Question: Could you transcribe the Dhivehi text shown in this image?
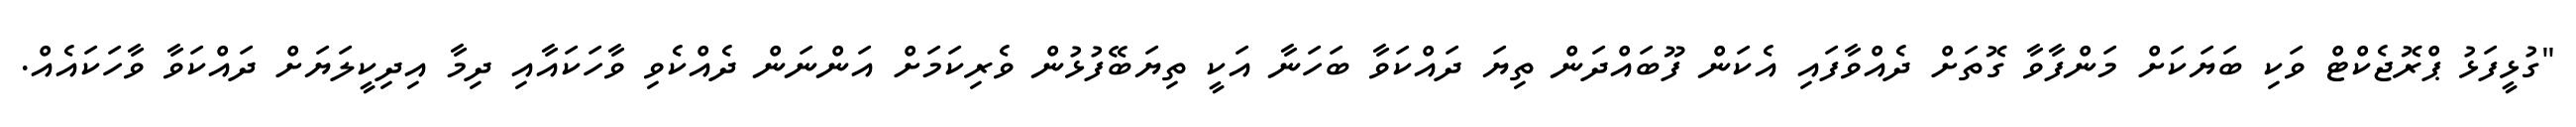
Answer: "ގުޅީފަޅު ޕްރޮޖެކްޓް ވަކި ބަޔަކަށް މަންފާވާ ގޮތަށް ދެއްވާފައި އެކަން ފޫބައްދަން ތިޔަ ދައްކަވާ ބަހަނާ އަކީ ތިޔަބޭފުޅުން ވެރިކަމަށް އަންނަން ދެއްކެވި ވާހަކައާއި ދިމާ އިދިކީލަޔަށް ދައްކަވާ ވާހަކައެއް.